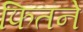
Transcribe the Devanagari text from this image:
फितने